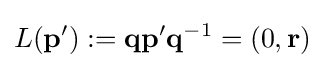
L(\mathbf {p'} ):=\mathbf {q} \mathbf {p'} \mathbf {q} ^{-1}=(0,\mathbf {r} )